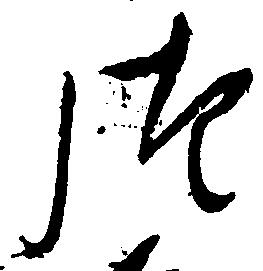
つ